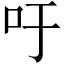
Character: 吁